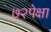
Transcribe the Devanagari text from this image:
७२पेक्षा